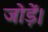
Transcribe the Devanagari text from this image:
जोड़ें।